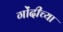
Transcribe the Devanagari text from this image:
गोंदीच्या